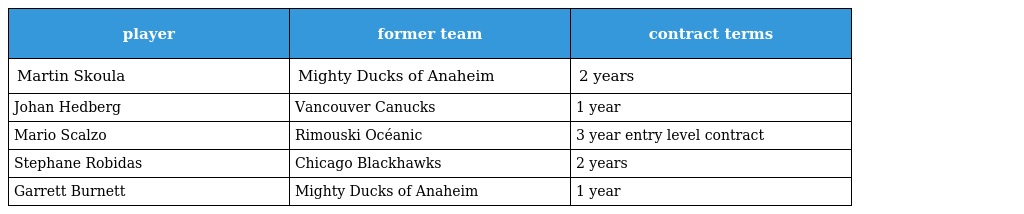
| player | former team | contract terms |
 | --- | --- | --- |
 | Martin Skoula | Mighty Ducks of Anaheim | 2 years |
 | Johan Hedberg | Vancouver Canucks | 1 year |
 | Mario Scalzo | Rimouski Océanic | 3 year entry level contract |
 | Stephane Robidas | Chicago Blackhawks | 2 years |
 | Garrett Burnett | Mighty Ducks of Anaheim | 1 year |